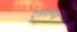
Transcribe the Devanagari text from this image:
दुसराच्या